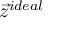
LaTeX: { \vec { z } } ^ { i d e a l }